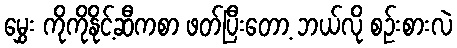
မွှေး ကိုကိုနိုင့်ဆီကစာ ဖတ်ပြီးတော့ ဘယ်လို စဉ်းစားလဲ